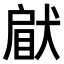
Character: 𤟵